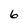
Character: 6